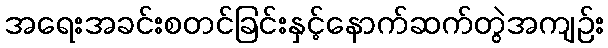
အရေးအခင်းစတင်ခြင်းနှင့်နောက်ဆက်တွဲအကျဉ်း